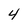
Character: 4